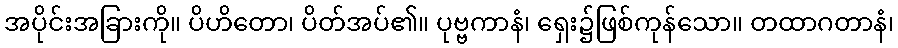
အပိုင်းအခြားကို။ ပိဟိတော၊ ပိတ်အပ်၏။ ပုဗ္ဗကာနံ၊ ရှေး၌ဖြစ်ကုန်သော။ တထာဂတာနံ၊